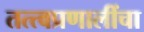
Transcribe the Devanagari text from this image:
तत्त्वप्रणालींचा